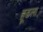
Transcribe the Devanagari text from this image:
हूडला